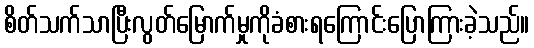
စိတ်သက်သာပြီးလွတ်မြောက်မှုကိုခံစားရကြောင်းပြောကြားခဲ့သည်။